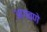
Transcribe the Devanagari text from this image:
आगवणे